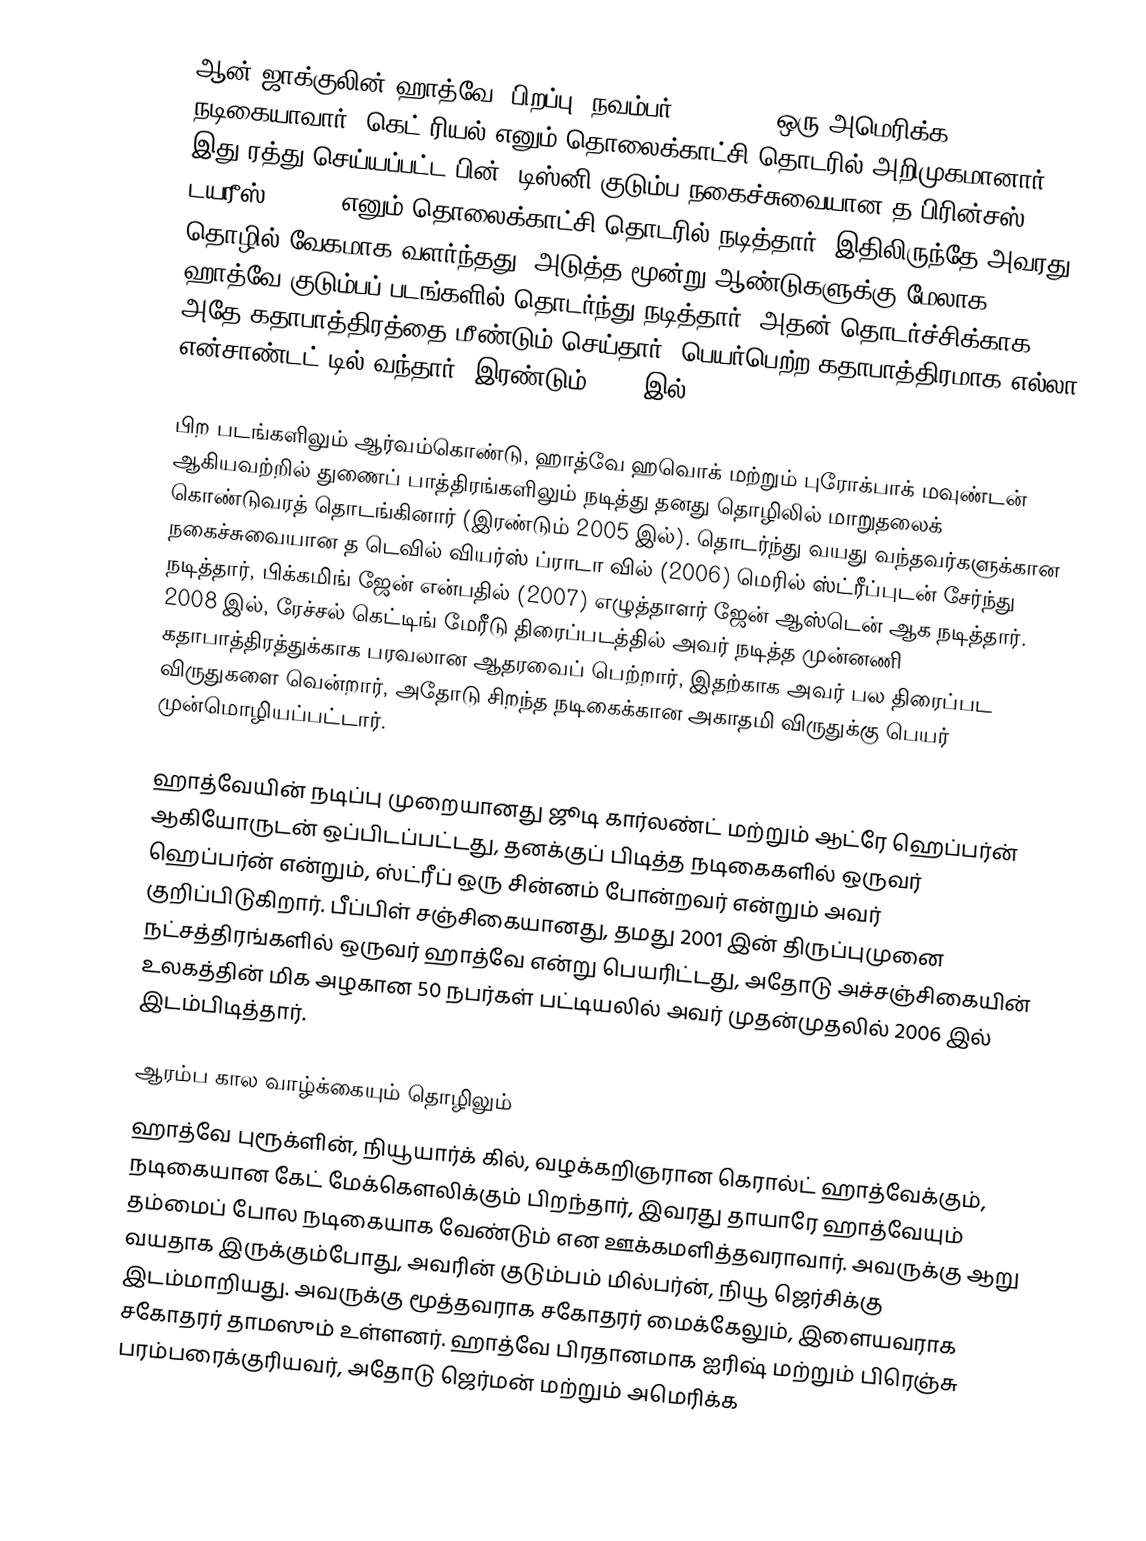
ஆன் ஜாக்குலின் ஹாத்வே  (பிறப்பு: நவம்பர் 12, 1982) ஒரு அமெரிக்க நடிகையாவார், கெட் ரியல் எனும் தொலைக்காட்சி தொடரில் அறிமுகமானார். இது ரத்து செய்யப்பட்ட பின், டிஸ்னி குடும்ப நகைச்சுவையான த பிரின்சஸ் டயரீஸ் (2001) எனும் தொலைக்காட்சி தொடரில் நடித்தார், இதிலிருந்தே அவரது தொழில் வேகமாக வளர்ந்தது. அடுத்த மூன்று ஆண்டுகளுக்கு மேலாக, ஹாத்வே குடும்பப் படங்களில் தொடர்ந்து நடித்தார், அதன் தொடர்ச்சிக்காக அதே கதாபாத்திரத்தை மீண்டும் செய்தார், பெயர்பெற்ற கதாபாத்திரமாக எல்லா என்சாண்டட் டில் வந்தார் (இரண்டும் 2004 இல்).

பிற படங்களிலும் ஆர்வம்கொண்டு, ஹாத்வே ஹவொக் மற்றும் புரோக்பாக் மவுண்டன் ஆகியவற்றில் துணைப் பாத்திரங்களிலும் நடித்து தனது தொழிலில் மாறுதலைக் கொண்டுவரத் தொடங்கினார் (இரண்டும் 2005 இல்). தொடர்ந்து வயது வந்தவர்களுக்கான நகைச்சுவையான த டெவில் வியர்ஸ் ப்ராடா வில் (2006) மெரில் ஸ்ட்ரீப்புடன் சேர்ந்து நடித்தார், பிக்கமிங் ஜேன் என்பதில் (2007) எழுத்தாளர் ஜேன் ஆஸ்டென் ஆக நடித்தார். 2008 இல், ரேச்சல் கெட்டிங் மேரீடு திரைப்படத்தில் அவர் நடித்த முன்னணி கதாபாத்திரத்துக்காக பரவலான ஆதரவைப் பெற்றார், இதற்காக அவர் பல திரைப்பட விருதுகளை வென்றார், அதோடு சிறந்த நடிகைக்கான அகாதமி விருதுக்கு பெயர் முன்மொழியப்பட்டார்.

ஹாத்வேயின் நடிப்பு முறையானது ஜூடி கார்லண்ட் மற்றும் ஆட்ரே ஹெப்பர்ன் ஆகியோருடன் ஒப்பிடப்பட்டது, தனக்குப் பிடித்த நடிகைகளில் ஒருவர் ஹெப்பர்ன் என்றும், ஸ்ட்ரீப் ஒரு சின்னம் போன்றவர் என்றும் அவர் குறிப்பிடுகிறார். பீப்பிள் சஞ்சிகையானது, தமது 2001 இன் திருப்புமுனை நட்சத்திரங்களில் ஒருவர் ஹாத்வே என்று பெயரிட்டது, அதோடு அச்சஞ்சிகையின் உலகத்தின் மிக அழகான 50 நபர்கள் பட்டியலில் அவர் முதன்முதலில் 2006 இல் இடம்பிடித்தார்.

ஆரம்ப கால வாழ்க்கையும் தொழிலும்
ஹாத்வே புரூக்ளின், நியூயார்க் கில், வழக்கறிஞரான கெரால்ட் ஹாத்வேக்கும், நடிகையான கேட் மேக்கௌலிக்கும் பிறந்தார், இவரது தாயாரே ஹாத்வேயும் தம்மைப் போல நடிகையாக வேண்டும் என ஊக்கமளித்தவராவார். அவருக்கு ஆறு வயதாக இருக்கும்போது, அவரின் குடும்பம் மில்பர்ன், நியூ ஜெர்சிக்கு இடம்மாறியது. அவருக்கு மூத்தவராக சகோதரர் மைக்கேலும், இளையவராக சகோதரர் தாமஸும் உள்ளனர். ஹாத்வே பிரதானமாக ஐரிஷ் மற்றும் பிரெஞ்சு பரம்பரைக்குரியவர், அதோடு ஜெர்மன் மற்றும் அமெரிக்க